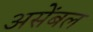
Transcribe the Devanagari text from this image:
असेंबल